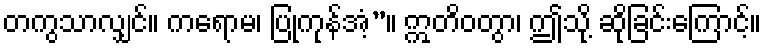
တကွသာလျှင်။ ကရောမ၊ ပြုကုန်အံ့”။ ဣတိဝတွာ၊ ဤသို့ ဆိုခြင်းကြောင့်။